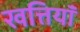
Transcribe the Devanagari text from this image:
खत्तियॉं